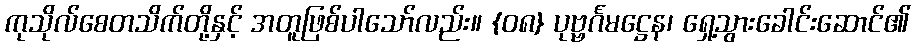
ကုသိုလ်စေတသိက်တို့နှင့် အတူဖြစ်ပါသော်လည်း။ {၀၈} ပုဗ္ဗင်္ဂမဋ္ဌေန၊ ရှေ့သွားခေါင်းဆောင်၏